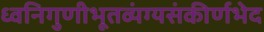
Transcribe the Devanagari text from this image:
ध्वनिगुणीभूतव्यंग्यसंकीर्णभेद